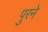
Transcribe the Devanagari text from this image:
पुरने